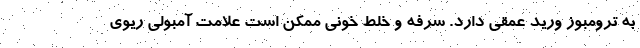
به ترومبوز ورید عمقی دارد. سرفه و خلط خونی ممکن است علامت آمبولی ریوی